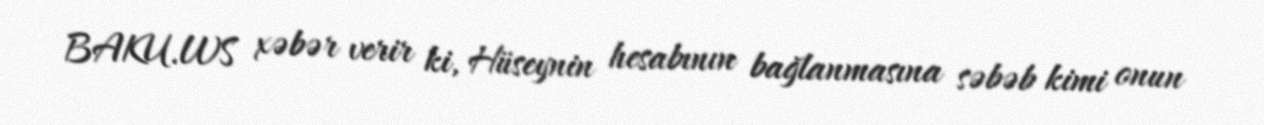
BAKU.WS xəbər verir ki, Hüseynin hesabının bağlanmasına səbəb kimi onun